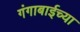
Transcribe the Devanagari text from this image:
गंगाबाईच्या